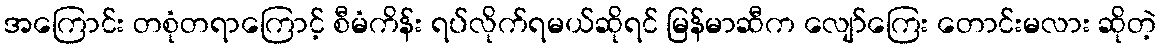
အကြောင်း တစုံတရာကြောင့် စီမံကိန်း ရပ်လိုက်ရမယ်ဆိုရင် မြန်မာဆီက လျော်ကြေး တောင်းမလား ဆိုတဲ့